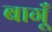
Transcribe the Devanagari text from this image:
बागूँ